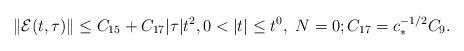
LaTeX: \begin{align*} \| {\mathcal E}(t,\tau) \| \le {C}_{15} + C_{17} |\tau| t^2,0< |t|\le t^0,\ N=0;C_{17} = c_*^{-1/2} C_{9}. \end{align*}